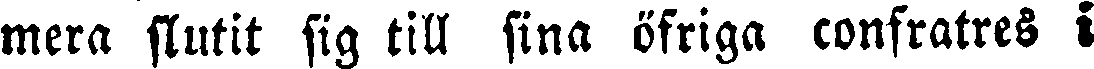
mera slutit sig till sina öfriga confratres i